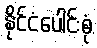
နိုင်ငံပေါင်းစုံ